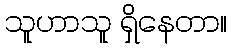
သူဟာသူ ရှိနေတာ။